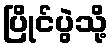
ပြိုင်ပွဲသို့